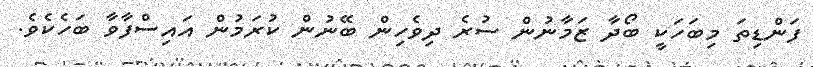
ފަންޑިތަ މިބަހަކީ ބޯދާ ޒަމާނުން ސުރެ ދިވެހިން ބޭނުން ކުރަމުން އައިސްފާވާ ބަހެކެވެ.